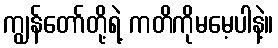
ကျွန်တော်တို့ရဲ့ ကတိကိုမမေ့ပါနဲ့။